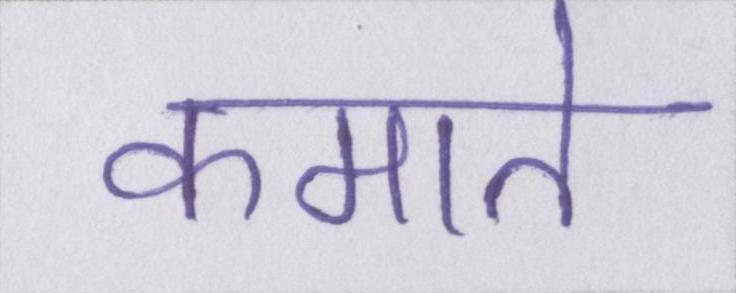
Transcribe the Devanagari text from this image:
कमाते